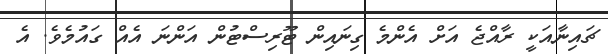
ޗައިނާއަކީ ރާއްޖެ އަށް އެންމެ ގިނައިން ޓޫރިސްޓުން އަންނަ އެއް ގައުމެވެ. އެ